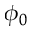
\phi _ { 0 }